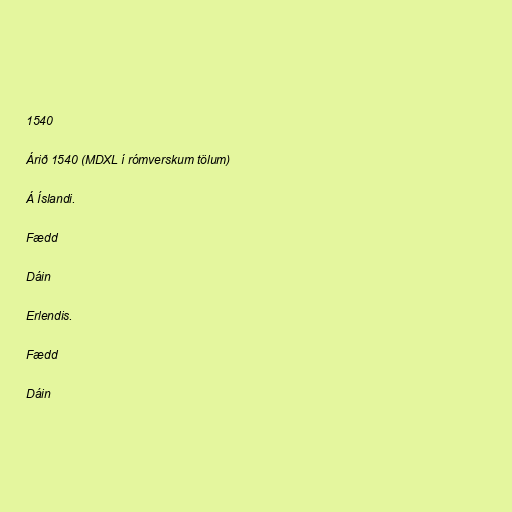
1540

Árið 1540 (MDXL í rómverskum tölum)

Á Íslandi.

Fædd

Dáin

Erlendis.

Fædd

Dáin